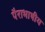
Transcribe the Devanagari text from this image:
पैराभाषीय